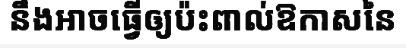
នឹងអាចធ្វើឲ្យប៉ះពាល់ឱកាសនៃ